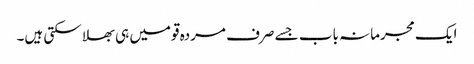
ایک مجرمانہ باب جسے صرف مردہ قومیں ہی بھلا سکتی ہیں۔